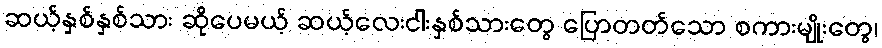
ဆယ့်နှစ်နှစ်သား ဆိုပေမယ့် ဆယ့်လေးငါးနှစ်သားတွေ ပြောတတ်သော စကားမျိုးတွေ၊